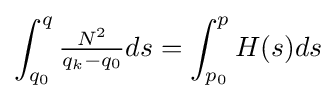
\displaystyle \int _{q_{0}}^{q}{\tfrac {N^{2}}{q_{k}-q_{0}}}ds=\displaystyle \int _{p_{0}}^{p}H(s)ds